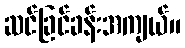
ဆင်ခြင်ခန်းအကျယ်။